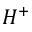
H ^ { + }